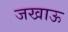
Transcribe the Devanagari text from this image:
जखाऊ